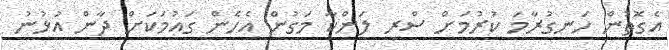
އެގޮތުން ހަނގުރާމަ ކުރުމަށް ސްރީ ލަންކާ މަގުން އެހެން ގައުމަކަށް ދާން އުޅުނު